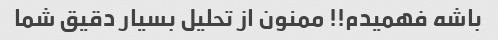
باشه فهمیدم!! ممنون از تحلیل بسیار دقیق شما